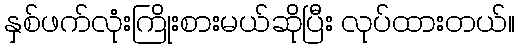
နှစ်ဖက်လုံးကြိုးစားမယ်ဆိုပြီး လုပ်ထားတယ်။